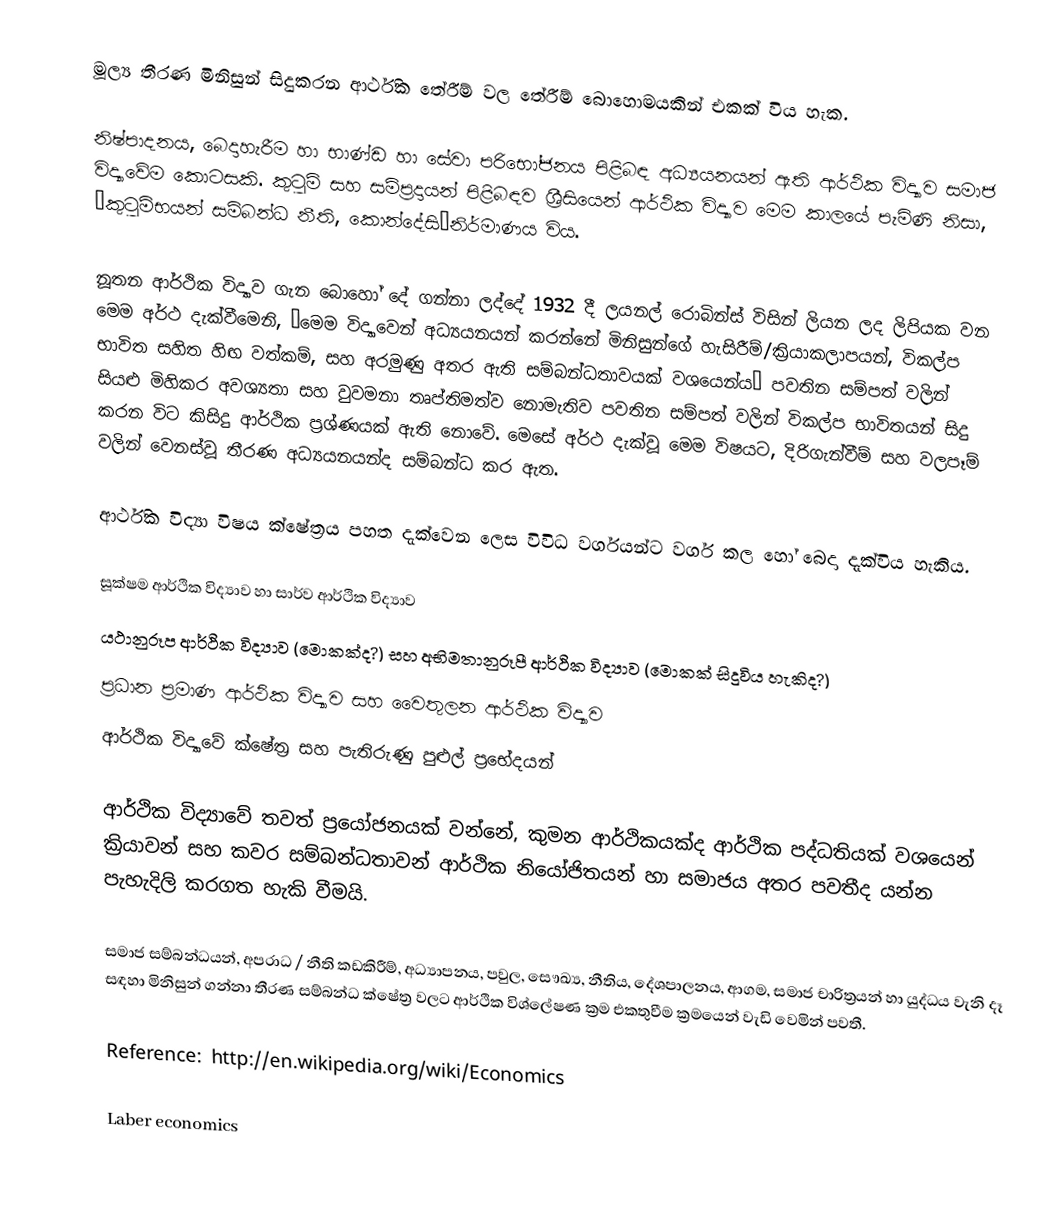
මූල්‍ය තීරණ මිනිසුන් සිදුකරන ආර්ථික තේරීම් වල තේරීම් බොහොමයකින් එකක් විය හැක.

නිෂ්පාදනය, බෙදාහැරීම හා භාණ්ඩ හා සේවා පරිභෝජනය පිළිබඳ අධ්‍යයනයන් ඇති ආර්ථික විද්‍යාව සමාජ විද්‍යාවේම කොටසකි.  කුටුම් සහ සම්ප්‍රදායන් පිළිබඳව ශ්‍රීසියෙන් ආර්ථික විද්‍යාව මෙම කාලයේ පැමිණි නිසා, “කුටුම්භයන් සම්බන්ධ නීති, කොන්දේසි”නිර්මාණය විය.

නූතන ආර්ථික විද්‍යාව ගැන බොහෝ දේ ගන්නා ලද්දේ 1932 දී ලයනල් රොබින්ස් විසින් ලියන ලද ලිපියක වන මෙම අර්ථ දැක්වීමෙනි, “මෙම විද්‍යාවෙන් අධ්‍යයනයන් කරන්නේ මිනිසුන්ගේ හැසිරීම්/ක්‍රියාකලාපයන්, විකල්ප භාවිත සහිත හිඟ වත්කම්, සහ අරමුණු අතර ඇති සම්බන්ධතාවයක් වශයෙන්ය”  පවතින සම්පත් වලින් සියළු මිහිකර අවශ්‍යතා සහ වුවමනා තෘප්තිමත්ව නොමැතිව පවතින සම්පත් වලින් විකල්ප භාවිතයන් සිදු කරන විට කිසිදු ආර්ථික ප්‍රශ්ණයක් ඇති නොවේ.  මෙසේ අර්ථ දැක්වූ මෙම විෂයට, දිරිගැන්වීම් සහ වලපෑම් වලින් වෙනස්වූ තීරණ අධ්‍යයනයන්ද සම්බන්ධ කර ඇත.

ආර්ථික විද්‍යා විෂය ක්ෂේත්‍රය පහත දැක්වෙන ලෙස විවිධ වර්ගයන්ට වර්ග කල හෝ බෙදා දැක්විය හැකිය.

සූක්ෂම ආර්ථික විද්‍යාව හා සාර්ව ආර්ථික විද්‍යාව
යථානුරූප ආර්ථික විද්‍යාව (මොකක්ද?) සහ අභිමතානුරූපී ආර්ථික විද්‍යාව (මොකක් සිදුවිය හැකිද?)
ප්‍රධාන ප්‍රමාණ ආර්ථික විද්‍යාව සහ වෛතුලන ආර්ථික විද්‍යාව
ආර්ථික විද්‍යාවේ ක්ෂේත්‍ර සහ පැතිරුණු පුළුල් ‍ප්‍රභේදයන්

ආර්ථික විද්‍යාවේ තවත් ප්‍රයෝජනයක් වන්නේ, කුමන ආර්ථිකයක්ද ආර්ථික පද්ධතියක් වශයෙන් ක්‍රියාවන් සහ කවර සම්බන්ධතාවන් ආර්ථික නියෝජිතයන් හා සමාජය අතර පවතීද යන්න පැහැදිලි කරගත හැකි වීමයි.

සමාජ සම්බන්ධයන්, අපරාධ / නීති කඩකිරීම්, අධ්‍යාපනය, පවුල, සෞඛ්‍ය, නීතිය, දේශපාලනය, ආගම, සමාජ චාරිත්‍රයන් හා යුද්ධය වැනි දෑ සඳහා මිනිසුන් ගන්නා තීරණ සම්බන්ධ ‍ක්ෂේත්‍ර වලට ආර්ථික විශ්ලේෂණ ක්‍රම එකතුවීම ක්‍රමයෙන් වැඩි වෙමින් පවතී.

Reference: http://en.wikipedia.org/wiki/Economics

Laber economics